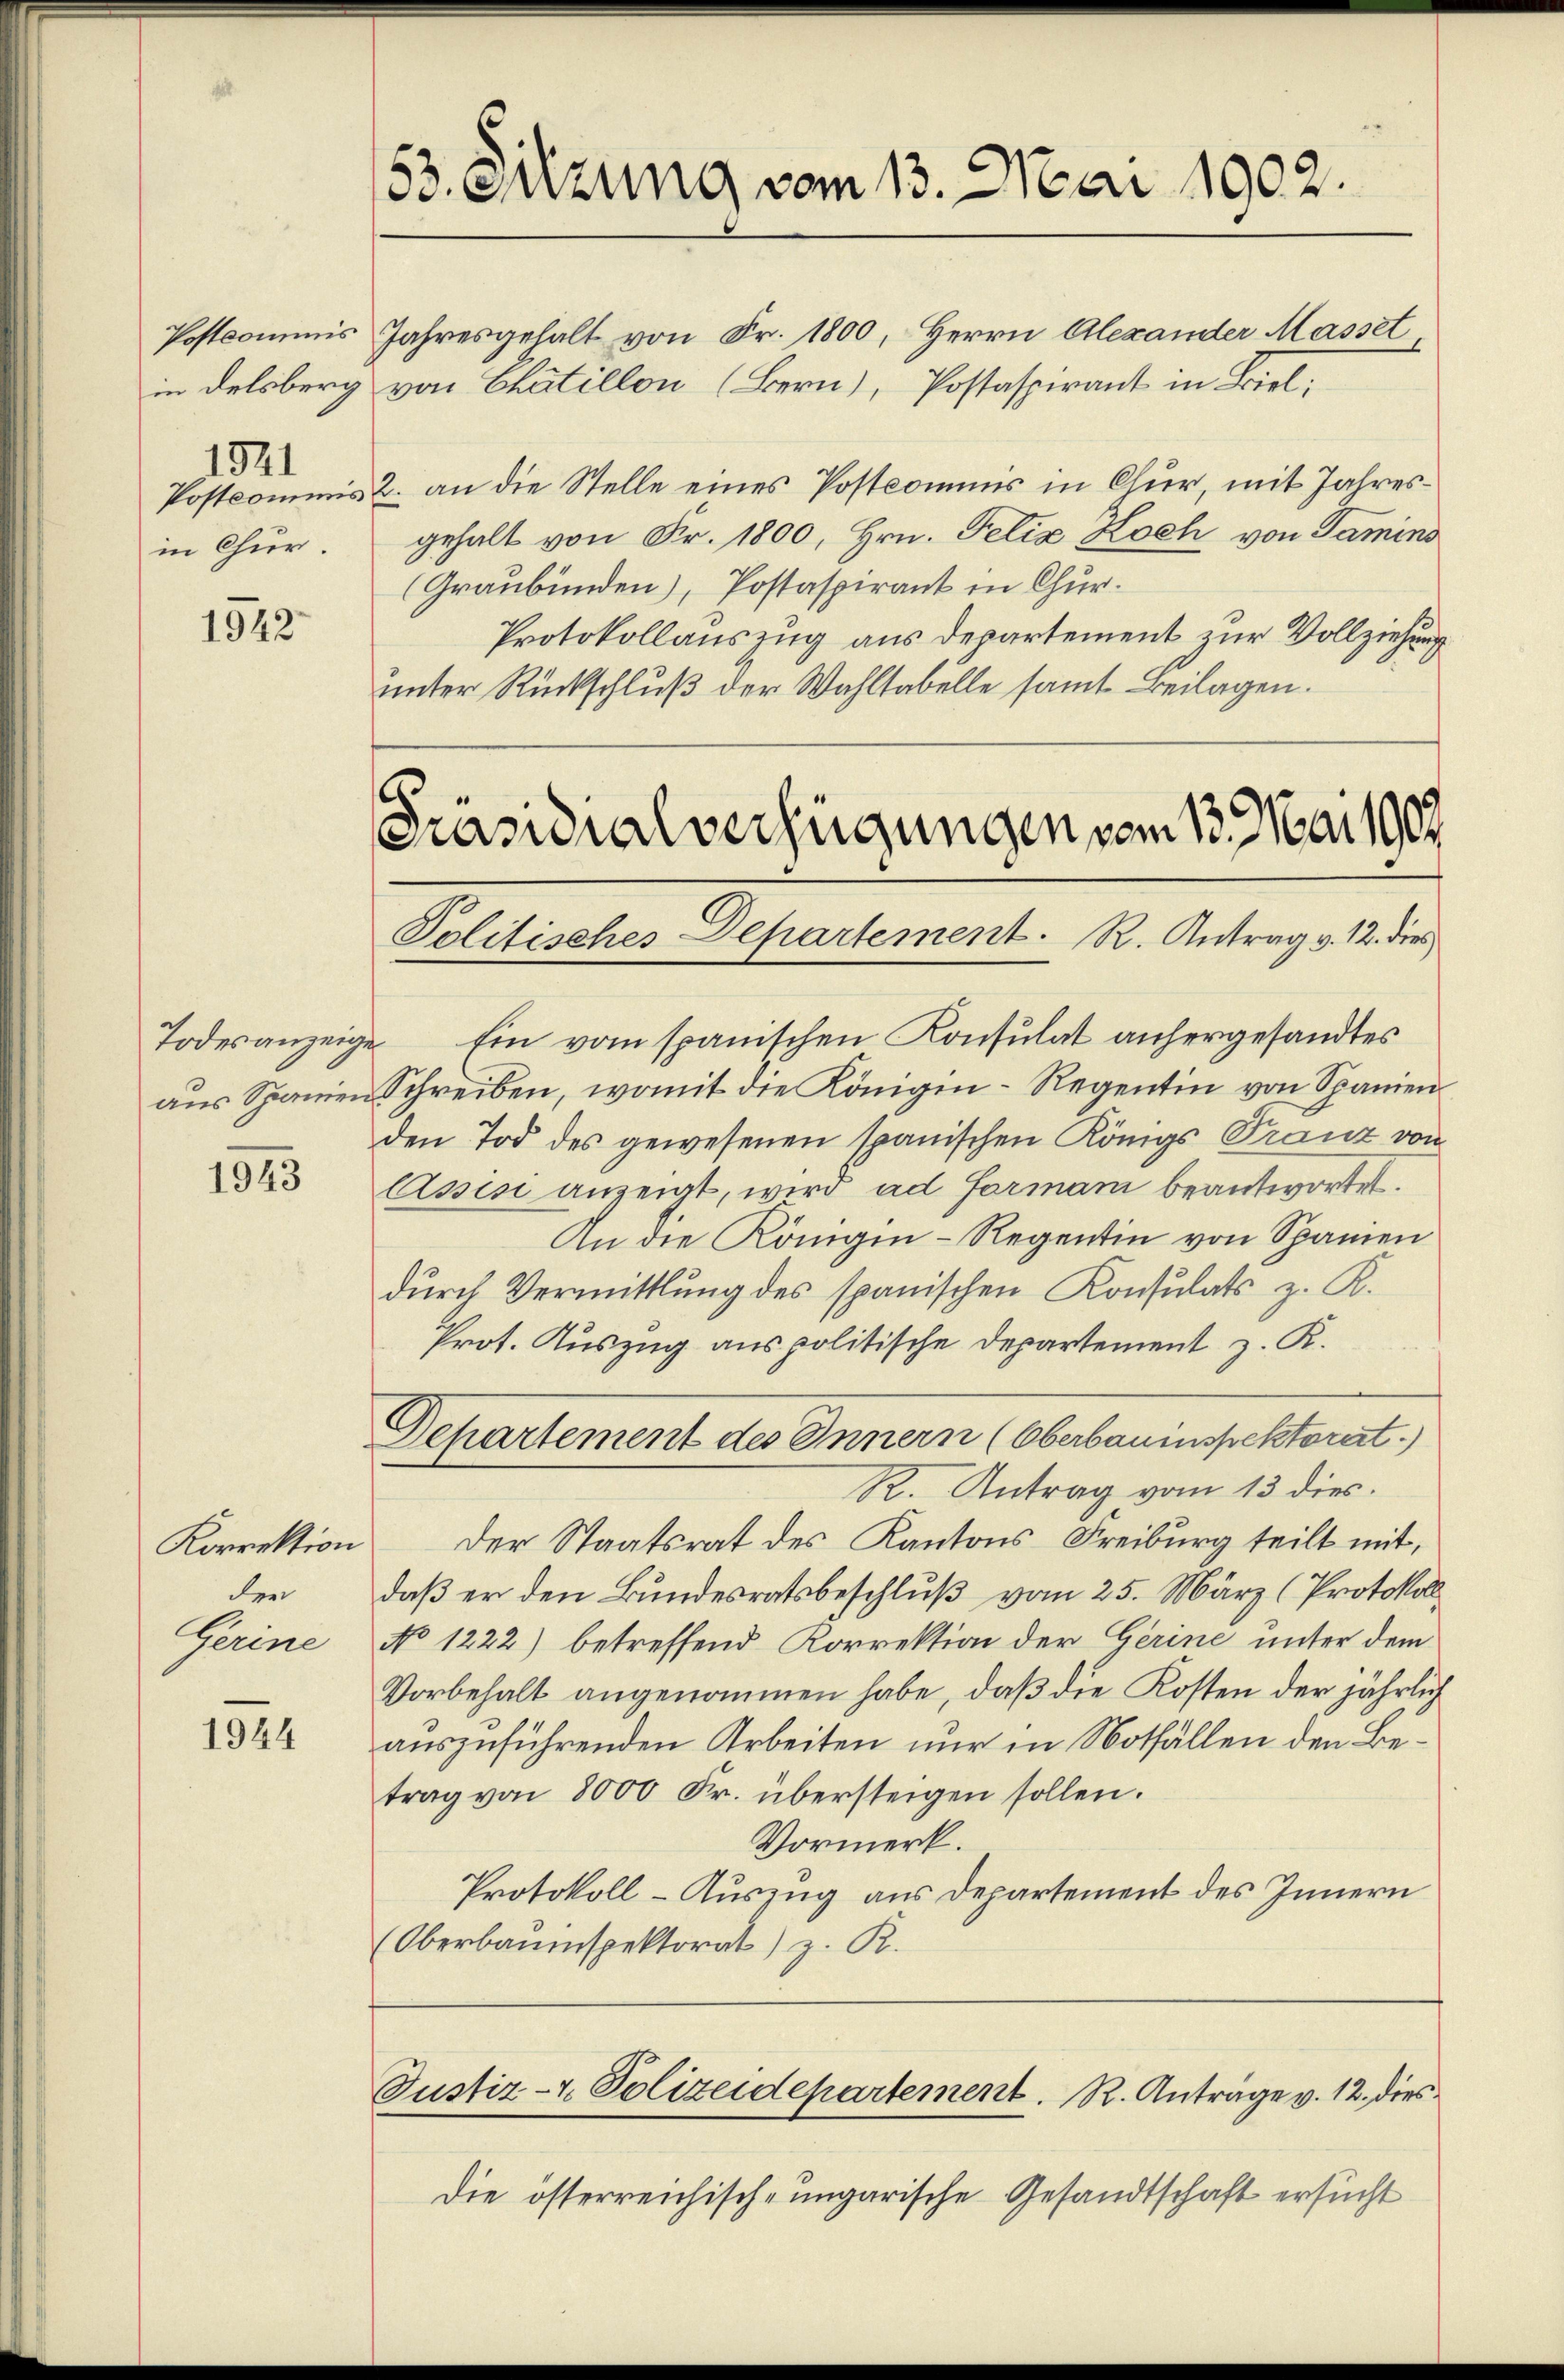
Postcommis
1321
in Chur.

1942

Todesanzeigen

1943

der
Gerine

1944

53. Sitzung vom 13. Mai 1902.

Jahresgehalt von Fr. 1800, Herrn Alexander Masset
in Delsberg von Chatillon (Bern), Postaspirant in Biel,
Postcommis 2. an die Stelle eines Postcommis in Chur, mit Jahresgehalt von Fr. 1800, Hrn. Felix Koch von Tamins
(Graubünden), Postaspirant in Chur.
Protokollauszug aus Departement zur Vollziehung
unter Rückschluß der Wahltabelle samt Beilagen.

Ein vom spanischen Konsulat anhergesandtes
aus Spanien Schreiben, womit die Königin-Regentin von Spanien
den Tod des gewesenen spanischen Königs Franz von
Assisi anzeigt, wird ad formani beantwortet.
An die Königin-Regentin von Spanien
durch Vermittlung des spanischen Konsulats z. R.
Prot. Auszug aus politische Departement z. K.
Departement des Innern (Oberbauinspektorat.
R. Antrag vom 13 dies.
Korrektion der Staatsrat des Kantons Freiburg teilt mit,
daß er den Bundesratsbeschluß vom 25. März (Protokoll
No 1222) betreffend Korrektion der Gerine unter dem
Vorbehalt angenommen habe, daß die Kosten der jährlich
auszuführenden Arbeiten nur in Notfällen den Betrag von 8000 Fr. übersteigen sollen.
Vormerk.
Protokoll-Auszug aus Departement des Innern
(Oberbauinspektorat) z. R.

2.
Präsidialverfügungen vom 13. Mai 1902
Politisches Departement. R. Antrag v. 12. dies

Die österreichisch-ungarische Gesandtschaft ersucht

Justiz- & Polizeidepartement. R. Antrage v. 12. dies